Bréfritari: Björn Jónsson
Viðtakandi: Halldór Jónsson
Dagsetning: A-1869-07-06
Skrifað á: Skjöldólfsstöðum  N-Múl.

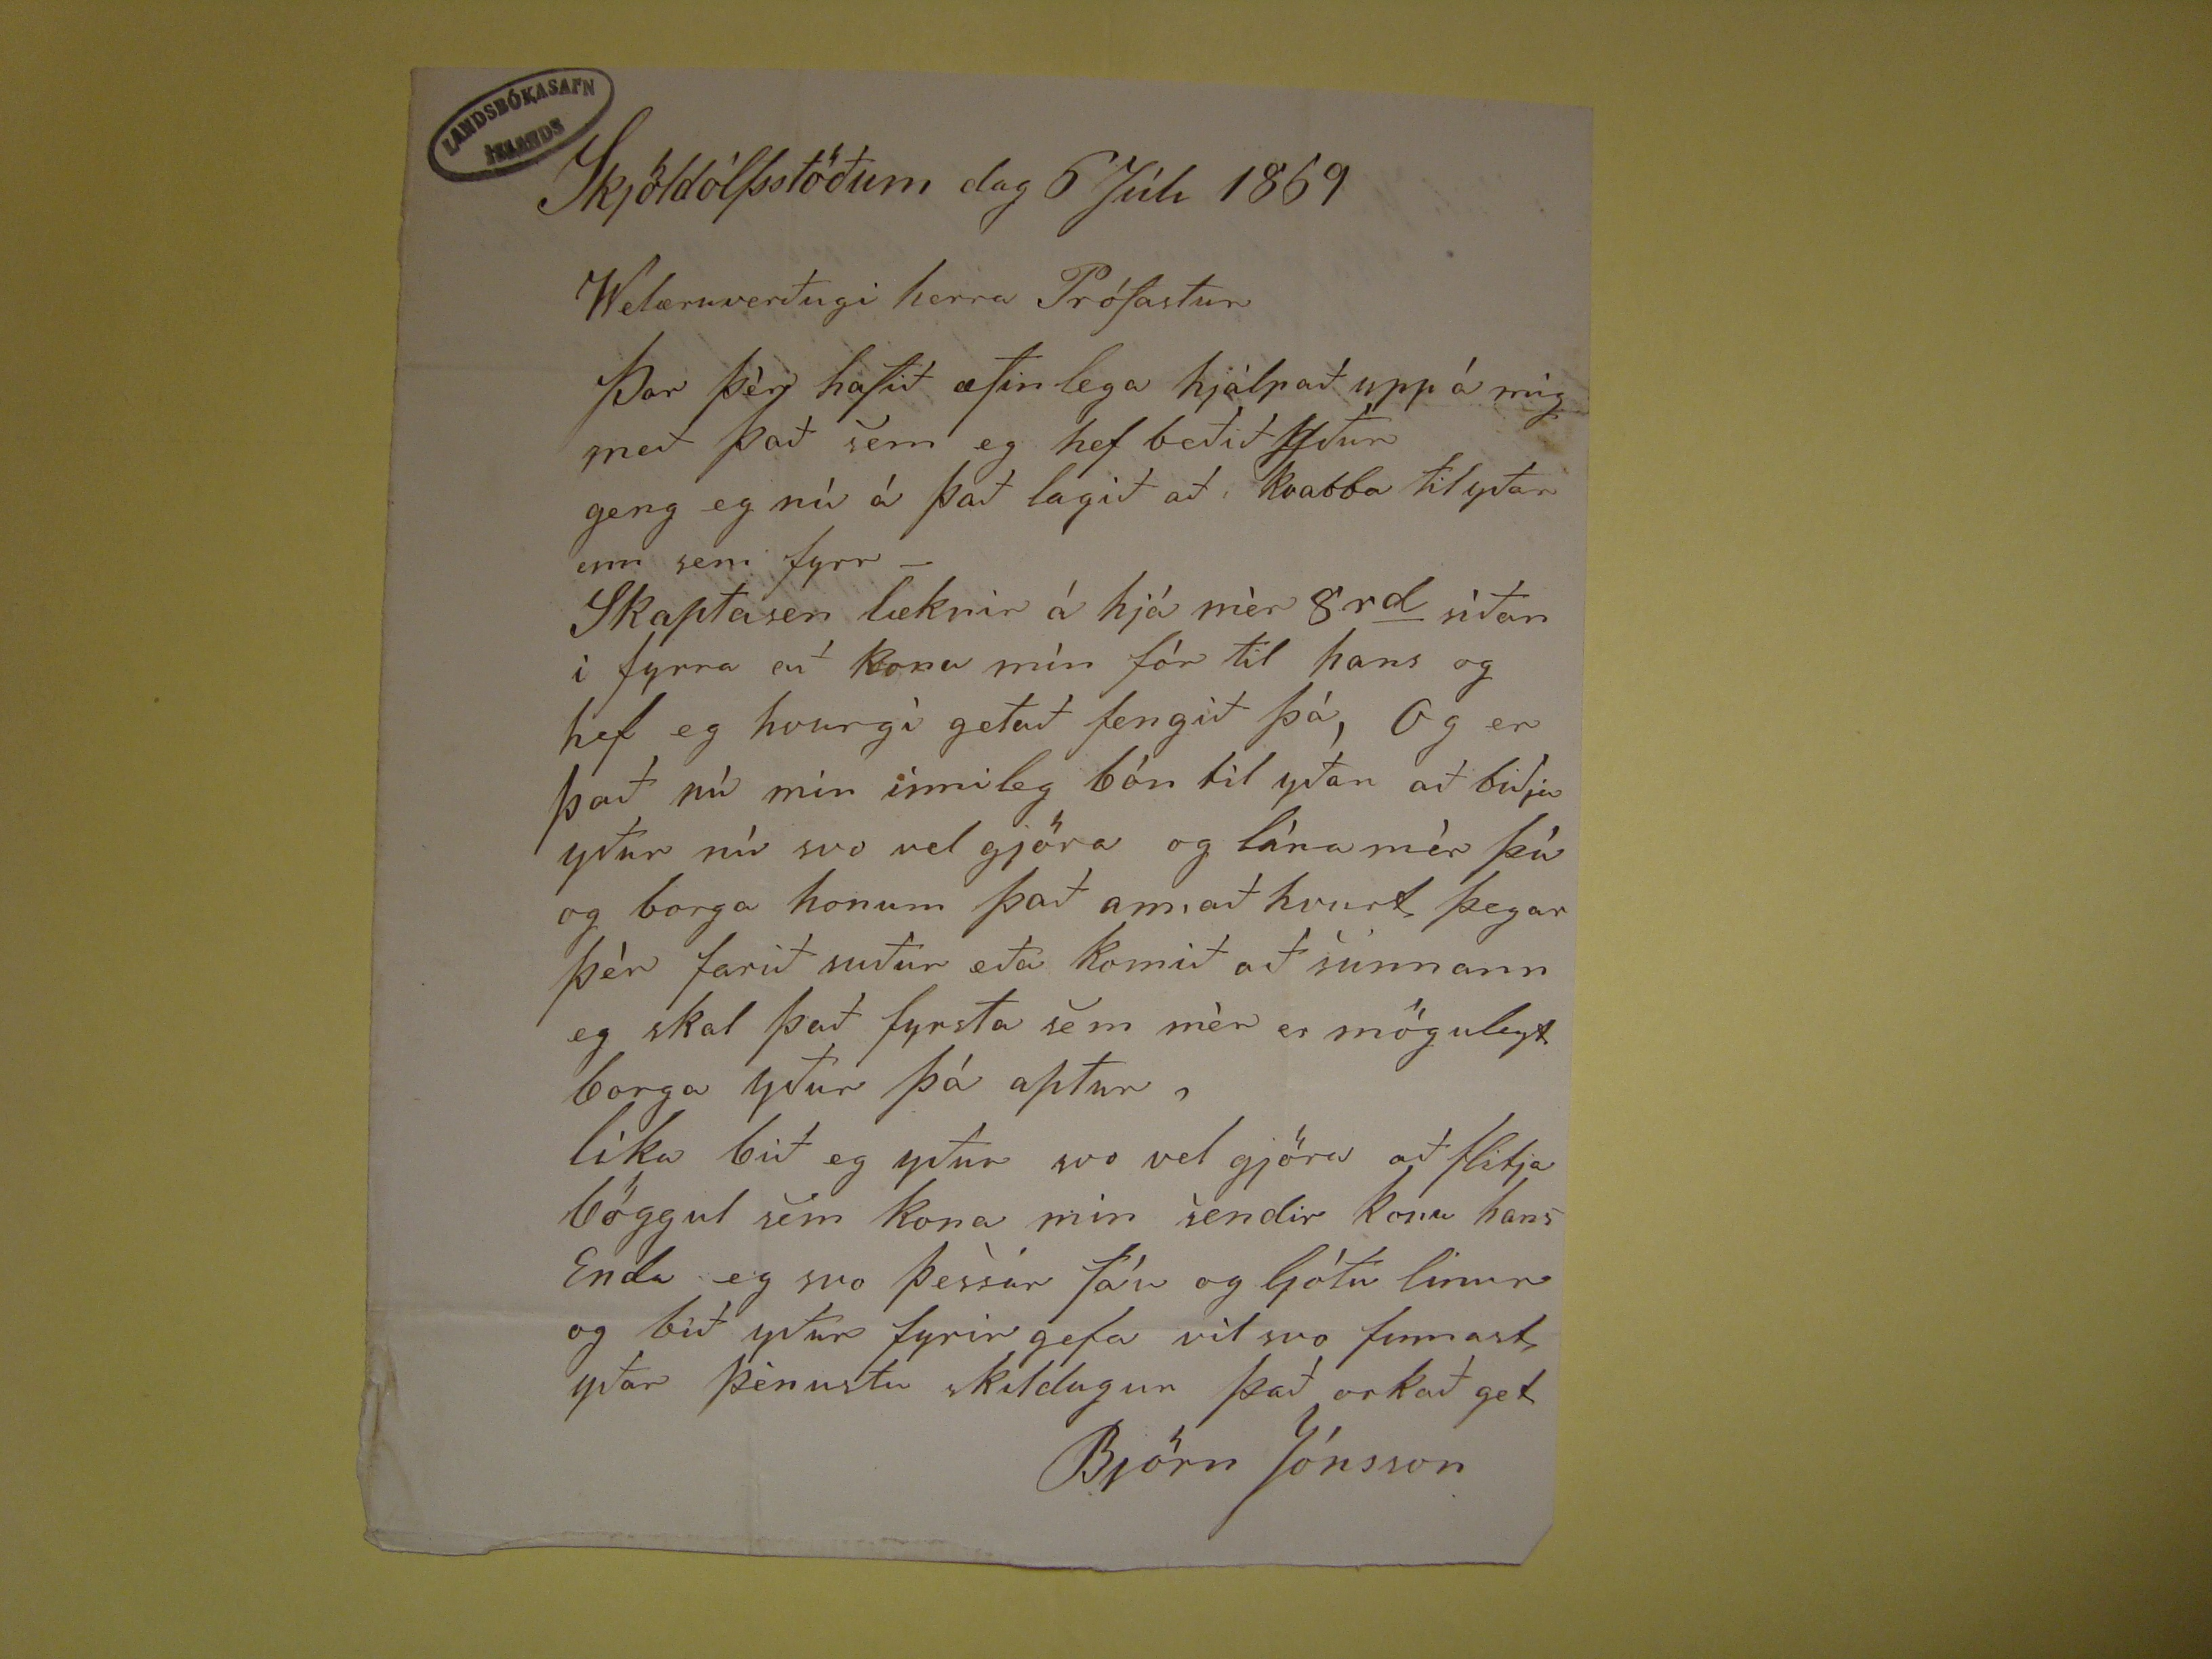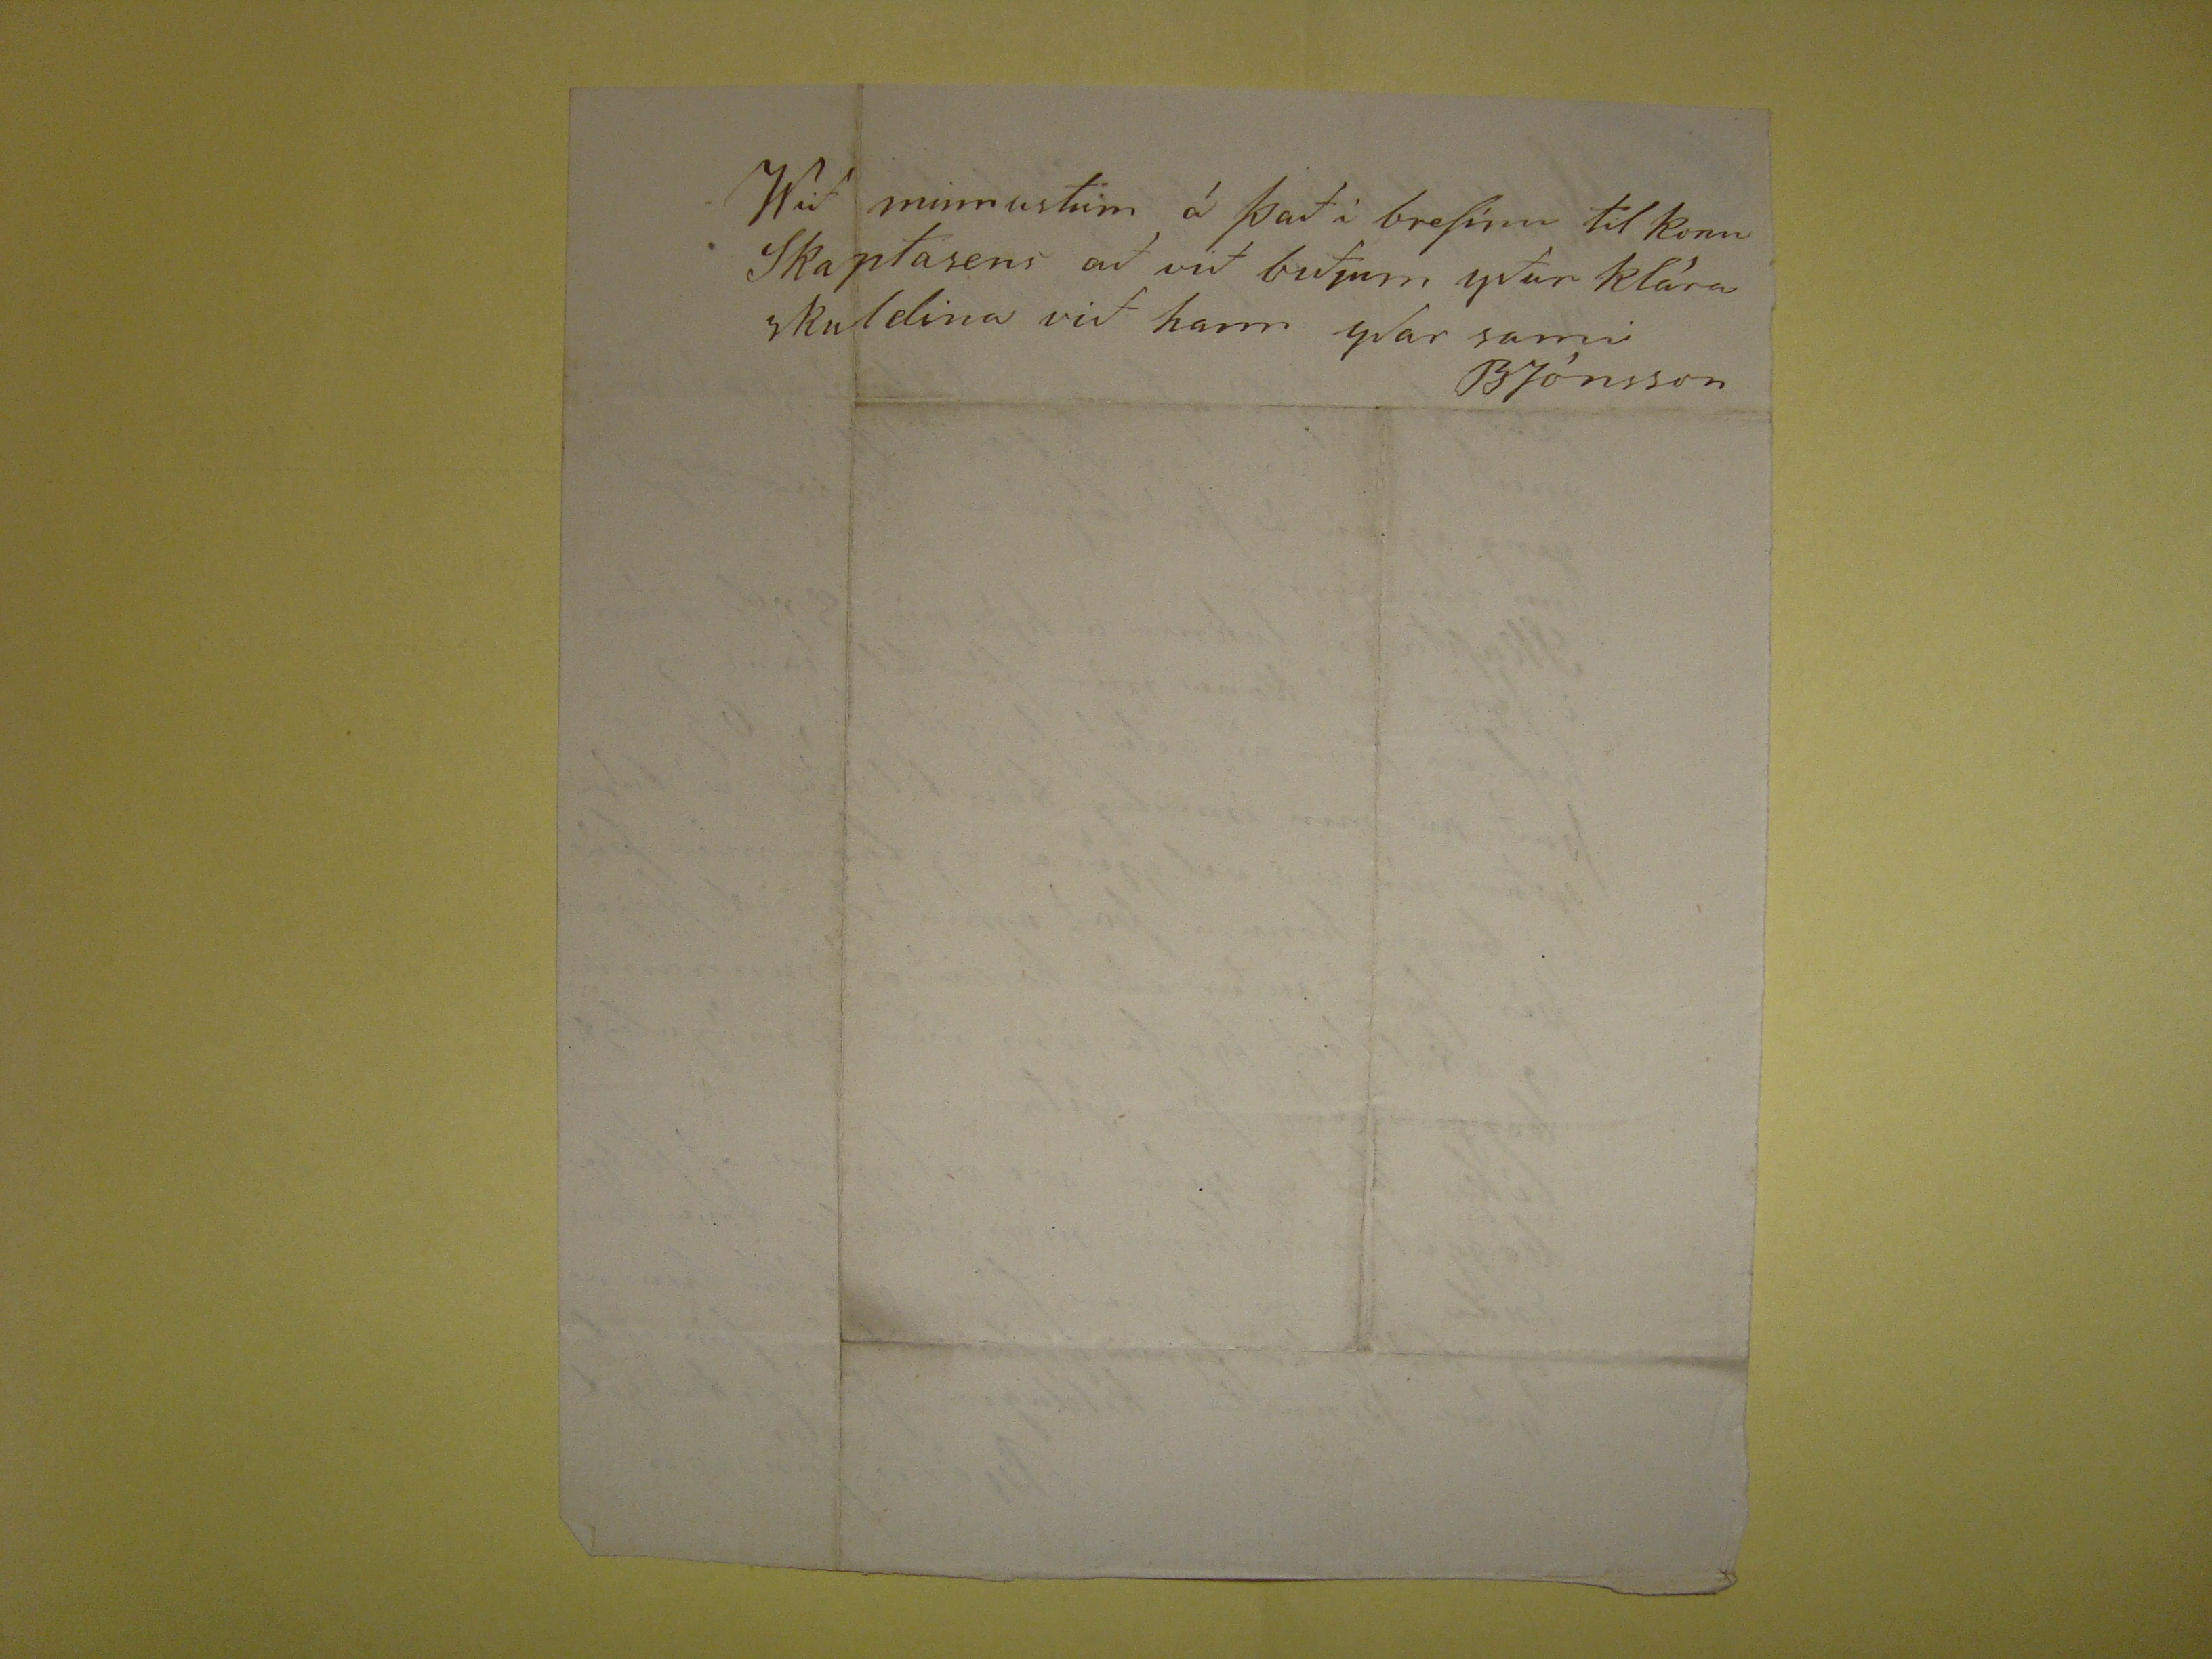

Skjöldólfsstöðum dag 6 Júli 1869
Velæruverðugi herra Prófastur
Þar þér hafið æfinlega hjálpað upp á mig með það sem eg hef beðið
yður
geng eg nú á það lagið að kvabba til yðar enn sem fyrr -
Skaptasen læknir á hjá mér 8
rd
síðan í fyrra en ' kona mín fór til hans og hef eg hvurgí getað fengið þá, Og er það nú mín innileg
bón til yðar að biðja yður nú svo vel gjöra og lána mér þá og borga honum það annað hvurt þegar þér farið suður eða komið að sunnann eg skal það fyrsta sem mér
er mögulegt borga yður þá aptur, líka bið eg yður svo vel gjöra að flitja böggul sem kona mín sendir konu hans Enda eg svo þessar fáu og ljótu linur og bið yður
fyrir gefa vil svo finnast yður þénustu skildugun það orkað get
Björn Jónsson
Við minnustum á það í brefinu til konu Skaptasens að við biðjum yður klára skuldina við hann yðar sami
BJónsson